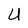
Character: U